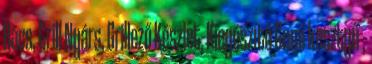
Rács, Grill Nyárs, Grillező Készlet, Kiegészítő Gumi kesztyű ,